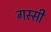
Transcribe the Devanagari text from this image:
गस्सी